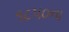
૧૮૫૦ના